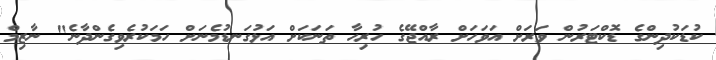
ކުޑަކުދިންގެ ޑޮކްޓަރުން ވަރަށް އަވަހަށް ރާއްޖޭގެ ހުރިހާ ތަނަކަށް އަޅުގަނޑުމެނަށް ހަމަކުރެވިގެންދާނެ" ނާޒިމް